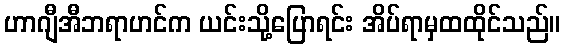
ဟာဂျီအီဘရာဟင်က ယင်းသို့ပြောရင်း အိပ်ရာမှထထိုင်သည်။